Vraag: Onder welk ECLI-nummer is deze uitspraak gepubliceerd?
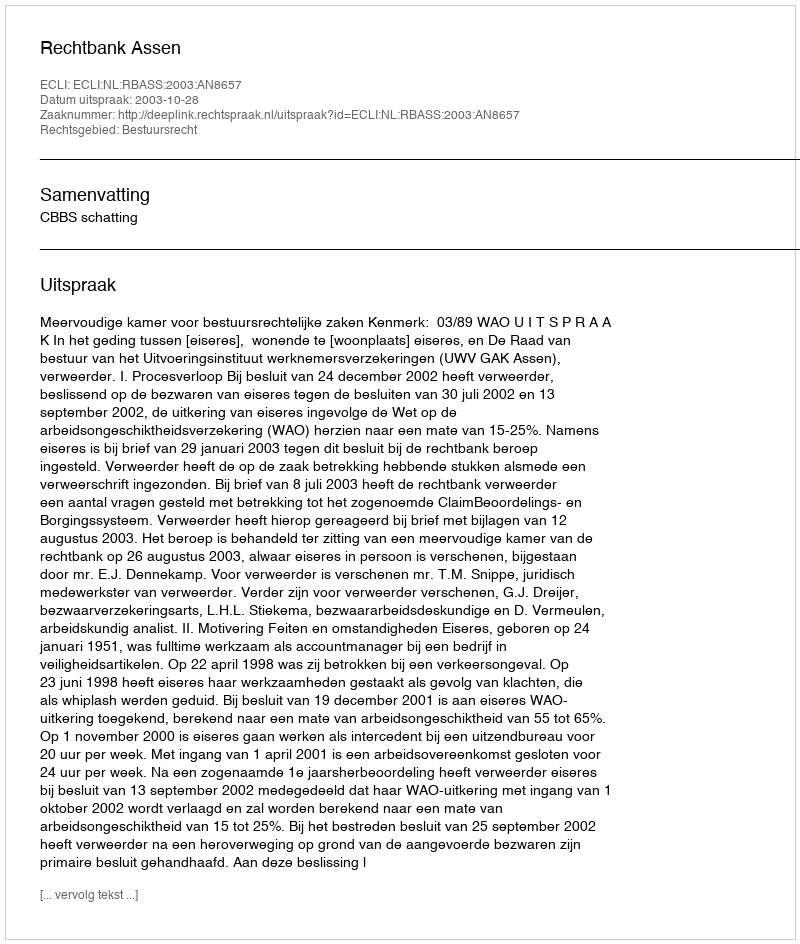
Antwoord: ECLI:NL:RBASS:2003:AN8657